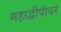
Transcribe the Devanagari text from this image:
महाद्वीपांवर